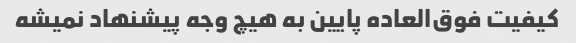
کیفیت فوق‌العاده پایین به هیچ وجه پیشنهاد نمیشه